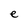
Character: e